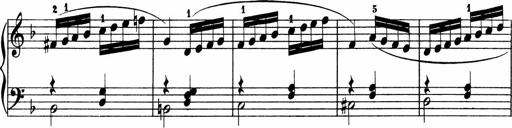
Title: 2 instructive Sonatinen
Composer: Paul Schumacher